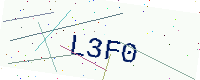
Text: L3F0